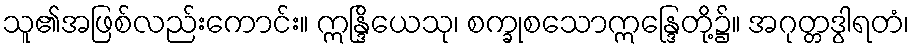
သူ၏အဖြစ်လည်းကောင်း။ ဣန္ဒြိယေသု၊ စက္ခုစသောဣန္ဒြေတို့၌။ အဂုတ္တဒွါရတံ၊